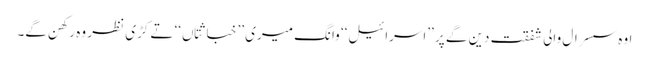
اوہ سسرال والی شفقت دین گے پر ’’اسرائیل‘‘ وانگ میری ’’خباثتاں‘‘ تے کڑی نظر وہ رکھن گے۔